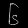
Digit: ၆